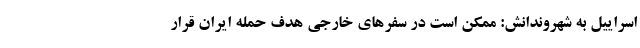
اسراییل به شهروندانش: ممکن است در سفرهای خارجی هدف حمله ایران قرار